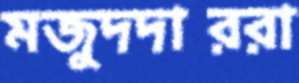
মজুদদাররা